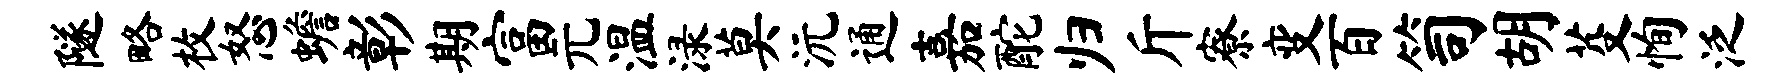
隧略枚怒蟾彰期富元温渌莫沅通嘉酡归斤寮变百笥胡芟恂泛